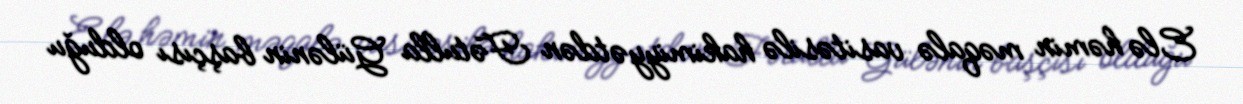
Elə həmin məqalə vasitəsilə hakimiyyətdən Fətulla Gülənin başçısı olduğu